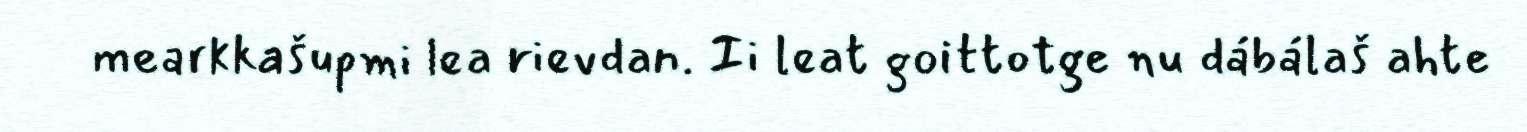
mearkkašupmi lea rievdan. Ii leat goittotge nu dábálaš ahte